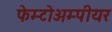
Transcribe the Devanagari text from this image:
फेम्टोअम्पीयर